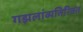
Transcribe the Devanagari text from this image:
गझलांव्यतिरिक्त